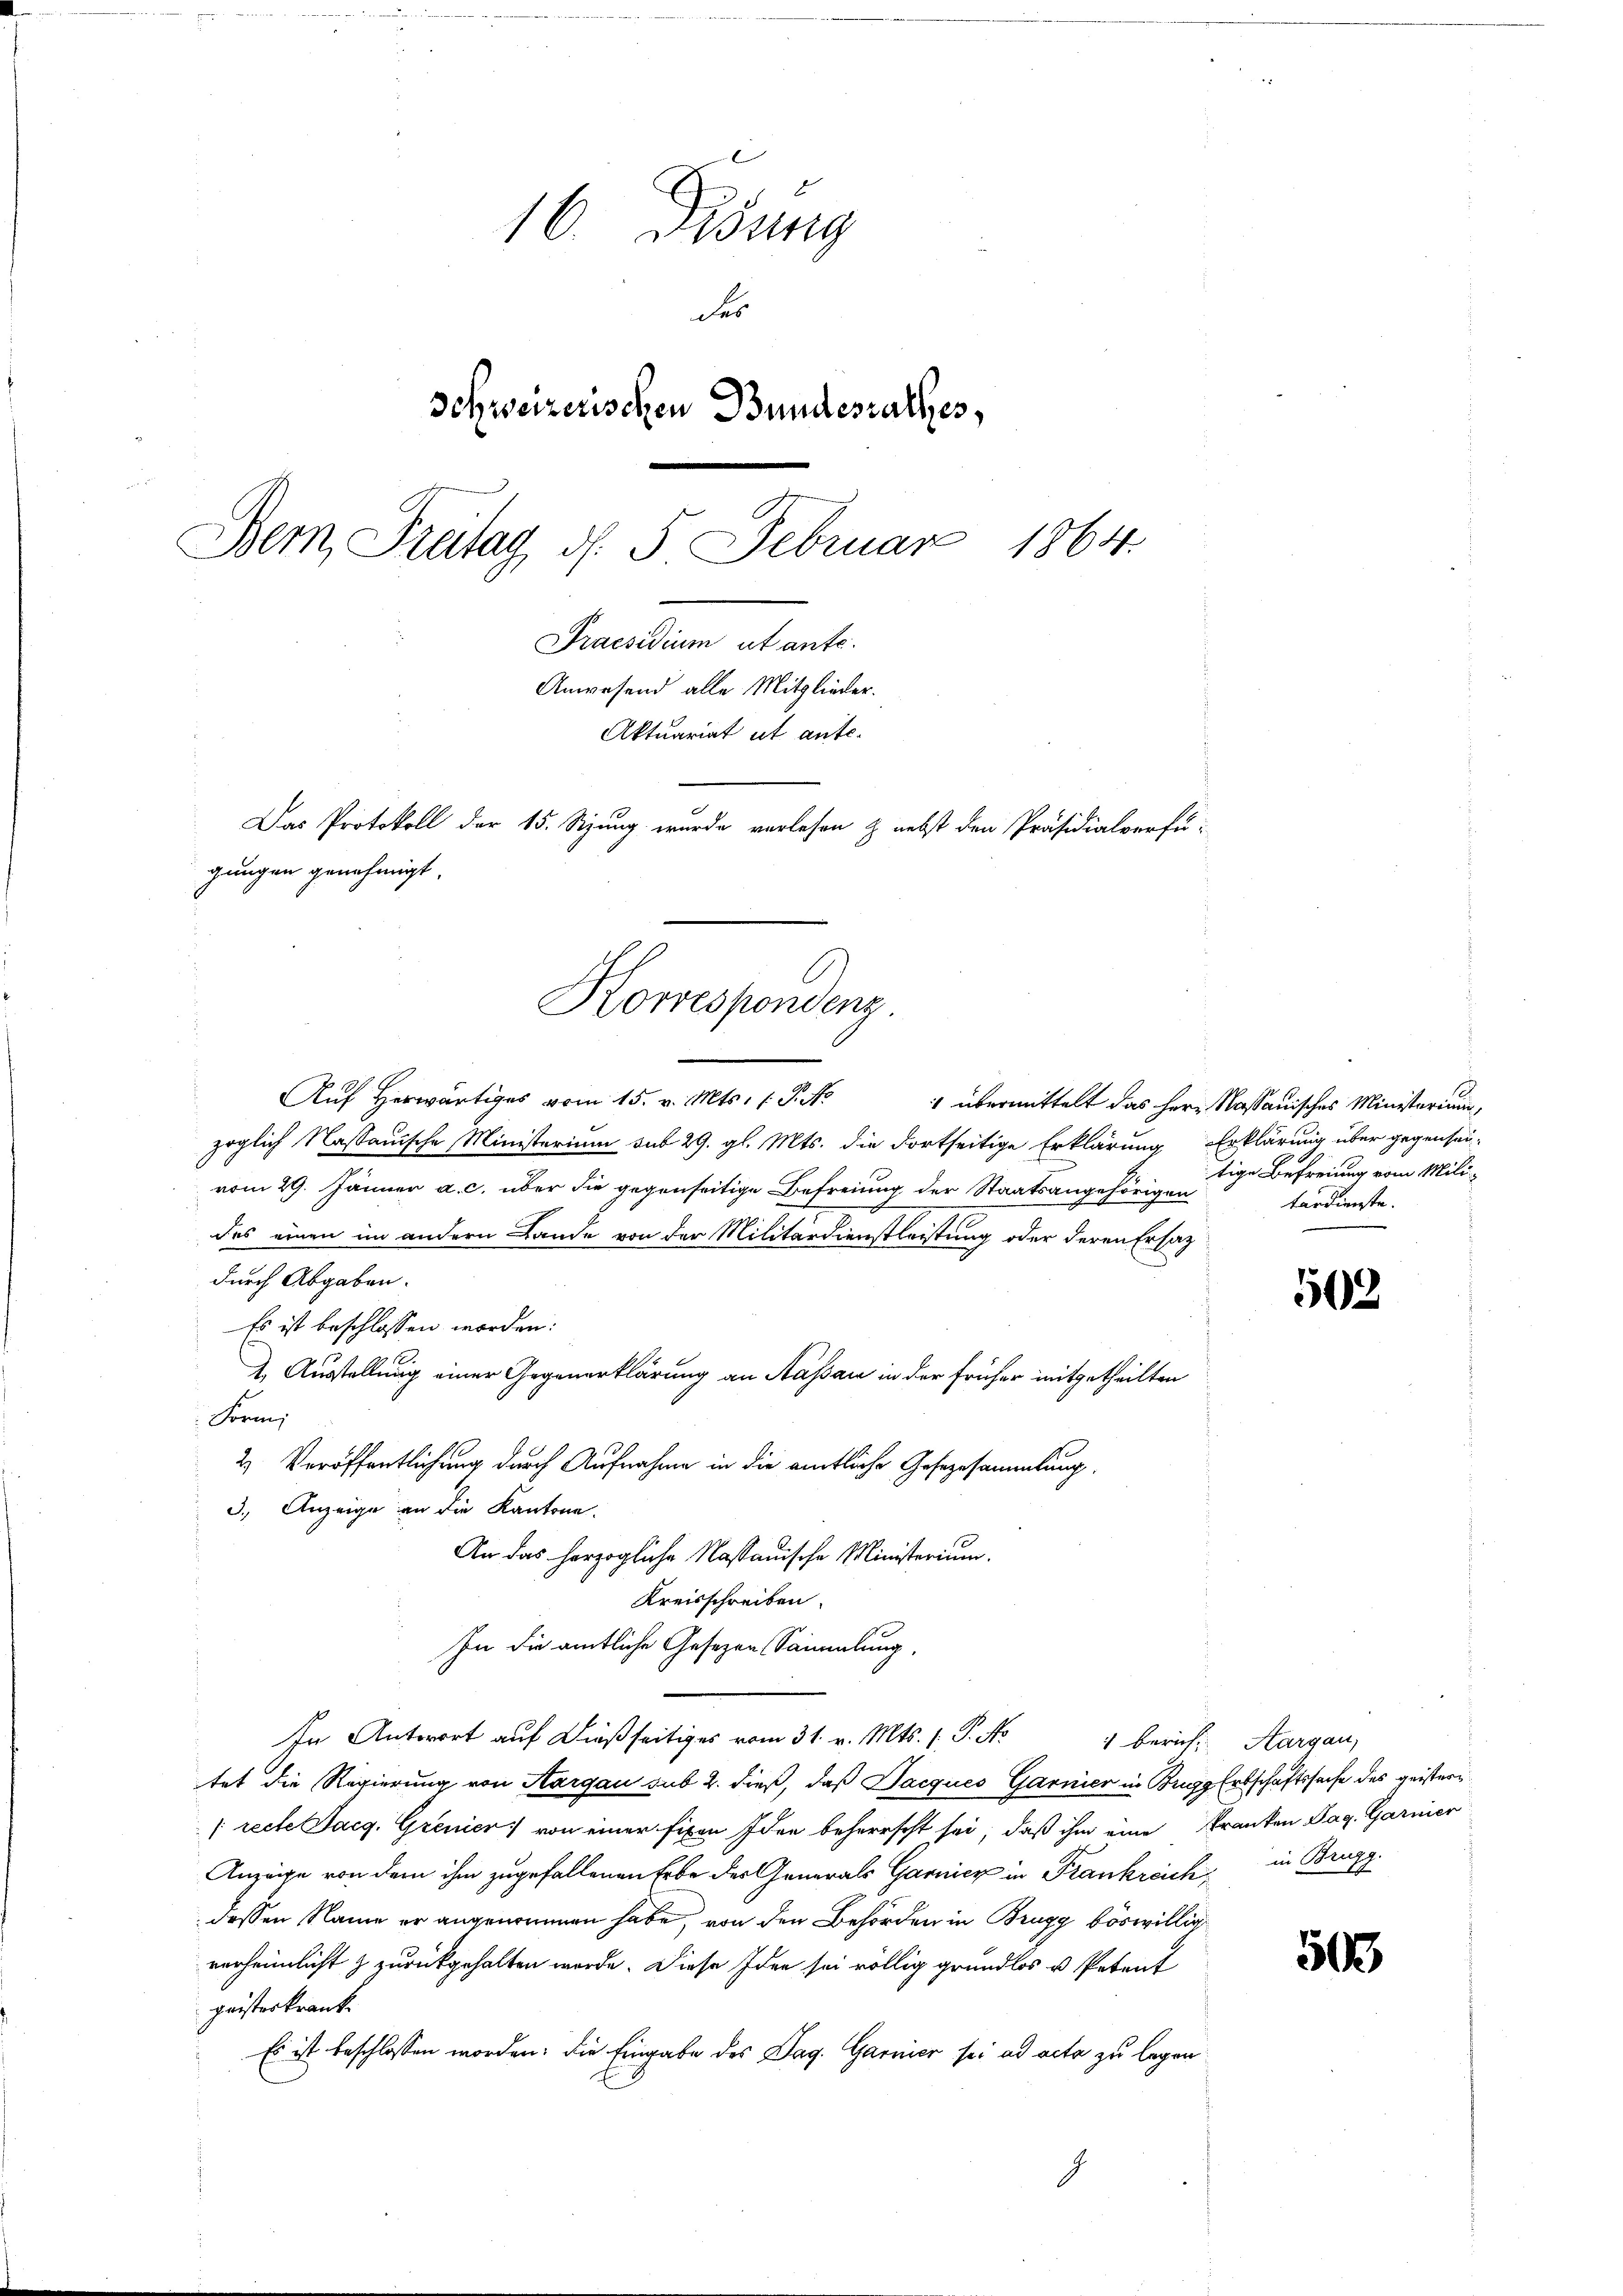
16. Disung
des
Schweizerischen Bundesrathes,
Bemn Freitag d. 5. Februar 1864.
Sendum abante
Anwesend alle Mitglieder.
Aktuariat ut ante.
Das Protokoll der 15. Sizung wurde verlesen & nebst den Präsidialverfü-
gungen genehmigt.

Korrespondenz

Auf Herwärtiges vom 15. v. Mts. 1. P.
zöglich Nassauische Ministerium sub 29. gl. Mts. die dortseitige Erklärung Erklärung über gegensau-
vom 29. Jänner a. c. über die gegenseitige Befreiung der Staatsangehörigen
das einen im andern Lande von der Militärdienstleistung oder deren Ersatz
durch Abgaben.
Es ist beschlossen worden:
I. Ausstellung einer Gegenerklärung an Massau in der früher mitgetheilten
Form,
2. Veröffentlichung durch Aufnahme in die amtliche Gesezesammlung.
3.) Anzeige an die Kantone.
An das herzogliche Nassauische Ministerium.
Kreisschreiben.
In die amtliche Gesetzen Sammlung.
In Antwort auf dießseitiges vom 31. v. Mts. 1. P. No 4 berich, Aargau,
tet die Regierung von Aargau sub 2. dieß, daß Jacques Garnier in Brugg Erbschaftssache des geistern
[recte Sacg. Grenier von einer fixen Idee beherrscht sei, daß ihm eine Kranken Tag. Garnier
Anzeige von dem ihm zugefallenen Erbe des Generals Garnicz in Frankreich in Brugg
dessen Name er angenommen habe, von den Behörden in Brugg böswillig
verheimlicht & zurückgehalten werde. Diese Idee sei völlig grundlos u. Petent
geisteskrank
Es ist beschlossen worden; die Eingabe des Tag. Garnier sei ad acta zu legen

übermittelt das Herr Nassauisches Ministerium,
tige Befreiung vom Militardienste.

502

503